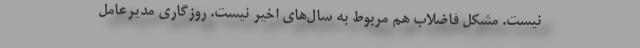
نيست. مشكل فاضلاب هم مربوط به سال‌هاي اخير نيست. روزگاري مديرعامل